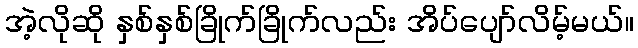
အဲ့လိုဆို နှစ်နှစ်ခြိုက်ခြိုက်လည်း အိပ်ပျော်လိမ့်မယ်။